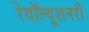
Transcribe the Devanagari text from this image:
रेवॉल्यूशनरी